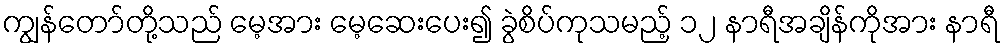
ကျွန်တော်တို့သည် မေ့အား မေ့ဆေးပေး၍ ခွဲစိပ်ကုသမည့် ၁၂ နာရီအချိန်ကိုအား နာရီ